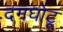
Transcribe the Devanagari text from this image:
दमघोटू